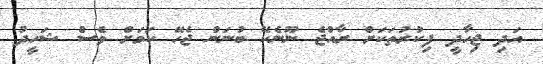
އަދި ޖިހާދީ ފިކުރުތަކަށް ރާއްޖެ ނޫނެކޭ ބުނަން ޖެހޭ ކަމަށް ވެސް ޝަހީދު